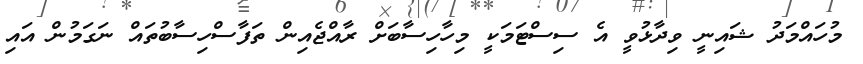
މުހައްމަދު ޝައިނީ ވިދާޅުވީ އެ ސިސްޓަމަކީ މިހާހިސާބަށް ރާއްޖެއިން ތަފާސްހިސާބުތައް ނަގަމުން އައި